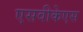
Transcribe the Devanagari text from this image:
एसवीकेएस